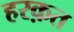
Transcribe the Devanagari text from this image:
हरक़त